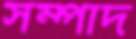
সম্পাদ